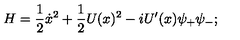
H = \frac { 1 } { 2 } \dot { x } ^ { 2 } + \frac { 1 } { 2 } U ( x ) ^ { 2 } - i U ^ { \prime } ( x ) \psi _ { + } \psi _ { - } ;